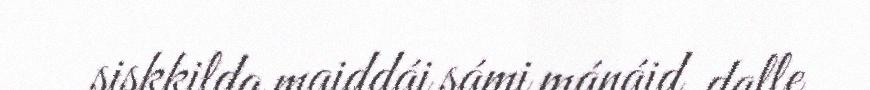
siskkilda maiddái sámi mánáid. dalle